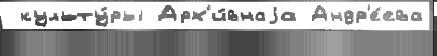
 культу́ры Арх'и́внаjа Андр'е́ева